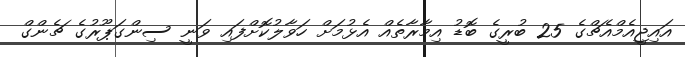
އައިޖީއެމްއެޗްގެ 25 ބުރީގެ ބޮޑު އިމާރާތެއް އެޅުމަށް ހަވާލުކޮށްފައި ވަނީ ސިންގަޕޫރުގެ ޗެންގް